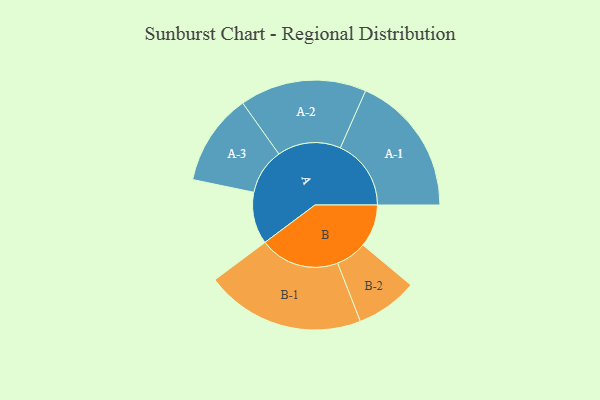
{"axis": {"x": "Segment", "y": "Value"}, "legend": ["", "A", "B"], "data": [{"x": "A", "y": 190, "type": ""}, {"x": "B", "y": 156, "type": ""}, {"x": "A-1", "y": 259, "type": "A"}, {"x": "A-2", "y": 232, "type": "A"}, {"x": "A-3", "y": 168, "type": "A"}, {"x": "B-1", "y": 292, "type": "B"}, {"x": "B-2", "y": 113, "type": "B"}]}